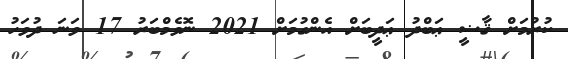
ކުރުމަށް ޤާޟީ ޢަބްދު ޢަދީބަށް އެންގުމަށް 2021 ނޮވެމްބަރު 17 ވަނަ ދުވަހު